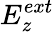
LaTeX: E_{z}^{ext}